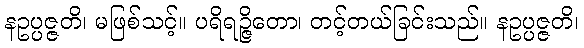
နဥပ္ပဇ္ဇတိ၊ မဖြစ်သင့်။ ပရိရဉ္ဇိတော၊ တင့်တယ်ခြင်းသည်။ နဥပ္ပဇ္ဇတိ၊